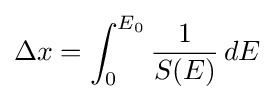
\Delta x=\int _{0}^{E_{0}}{\frac {1}{S(E)}}\,dE